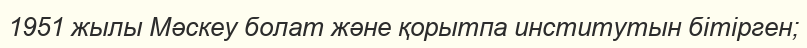
1951 жылы Мәскеу болат және қорытпа институтын бітірген;